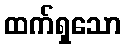
ထက်ရှသော